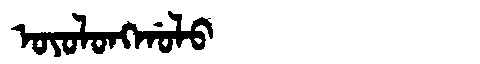
Manchu: ᠣᠶᠣᠯᠣᠩᡤᠣᠯᠣ
Romanization: OYOLONGGOLO